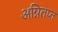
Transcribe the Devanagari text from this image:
अग्नितप्त